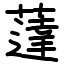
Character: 薘